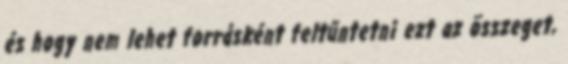
és hogy nem lehet forrásként feltűntetni ezt az összeget,